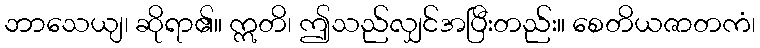
ဘာသေယျ၊ ဆိုရာ၏။ ဣတိ၊ ဤသည်လျှင်အပြီးတည်း။ စေတိယဇာတကံ၊